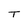
Character: T